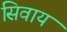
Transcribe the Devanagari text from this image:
सिवाय